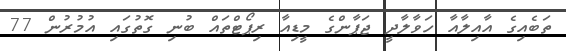
ތަބެއިގެ އާއިލާއާ ހަވާލާދީ ޖަޕާންގެ މީޑިއާ ރިޕޯޓްތައް ބުނި ގޮތުގައި އުމުރުން 77